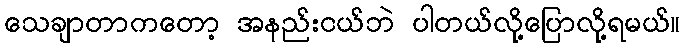
သေချာတာကတော့ အနည်းငယ်ဘဲ ပါတယ်လို့ပြောလို့ရမယ်။